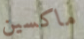
ماكسين